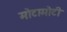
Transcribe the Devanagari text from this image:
मोटामोटी